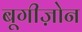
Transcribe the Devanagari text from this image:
बूगीज़ोन